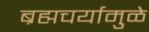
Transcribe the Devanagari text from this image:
ब्रह्मचर्यामुळे